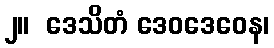
၂။  ဒေသိတံ ဒေဝဒေဝေန၊